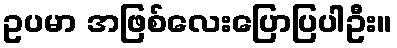
ဥပမာ အဖြစ်လေးပြောပြပါဦး။